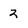
Character: 2